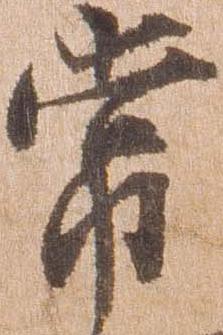
常